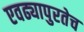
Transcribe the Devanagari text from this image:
एवढ्यापुरतेच